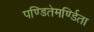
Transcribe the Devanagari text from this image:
पण्डितेमर्ण्डिता